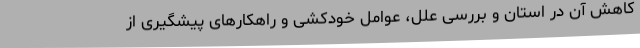
کاهش آن در استان و بررسی علل، عوامل خودکشی و راهکارهای پیشگیری از